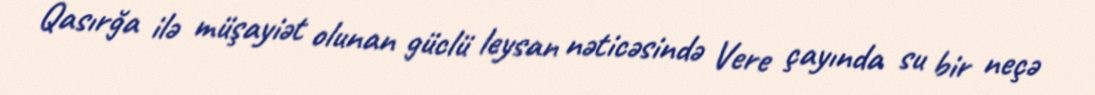
Qasırğa ilə müşayiət olunan güclü leysan nəticəsində Vere çayında su bir neçə